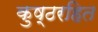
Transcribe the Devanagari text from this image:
कुष्ठरहित